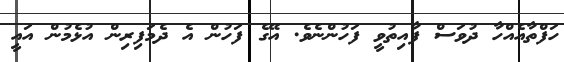
ހަފްތާއެއްހާ ދުވަސް ފާއިތުވީ ފަހުންނެވެ. އޭގެ ފަހުން އެ ދެމަފިރިން އުޅެމުން އައީ